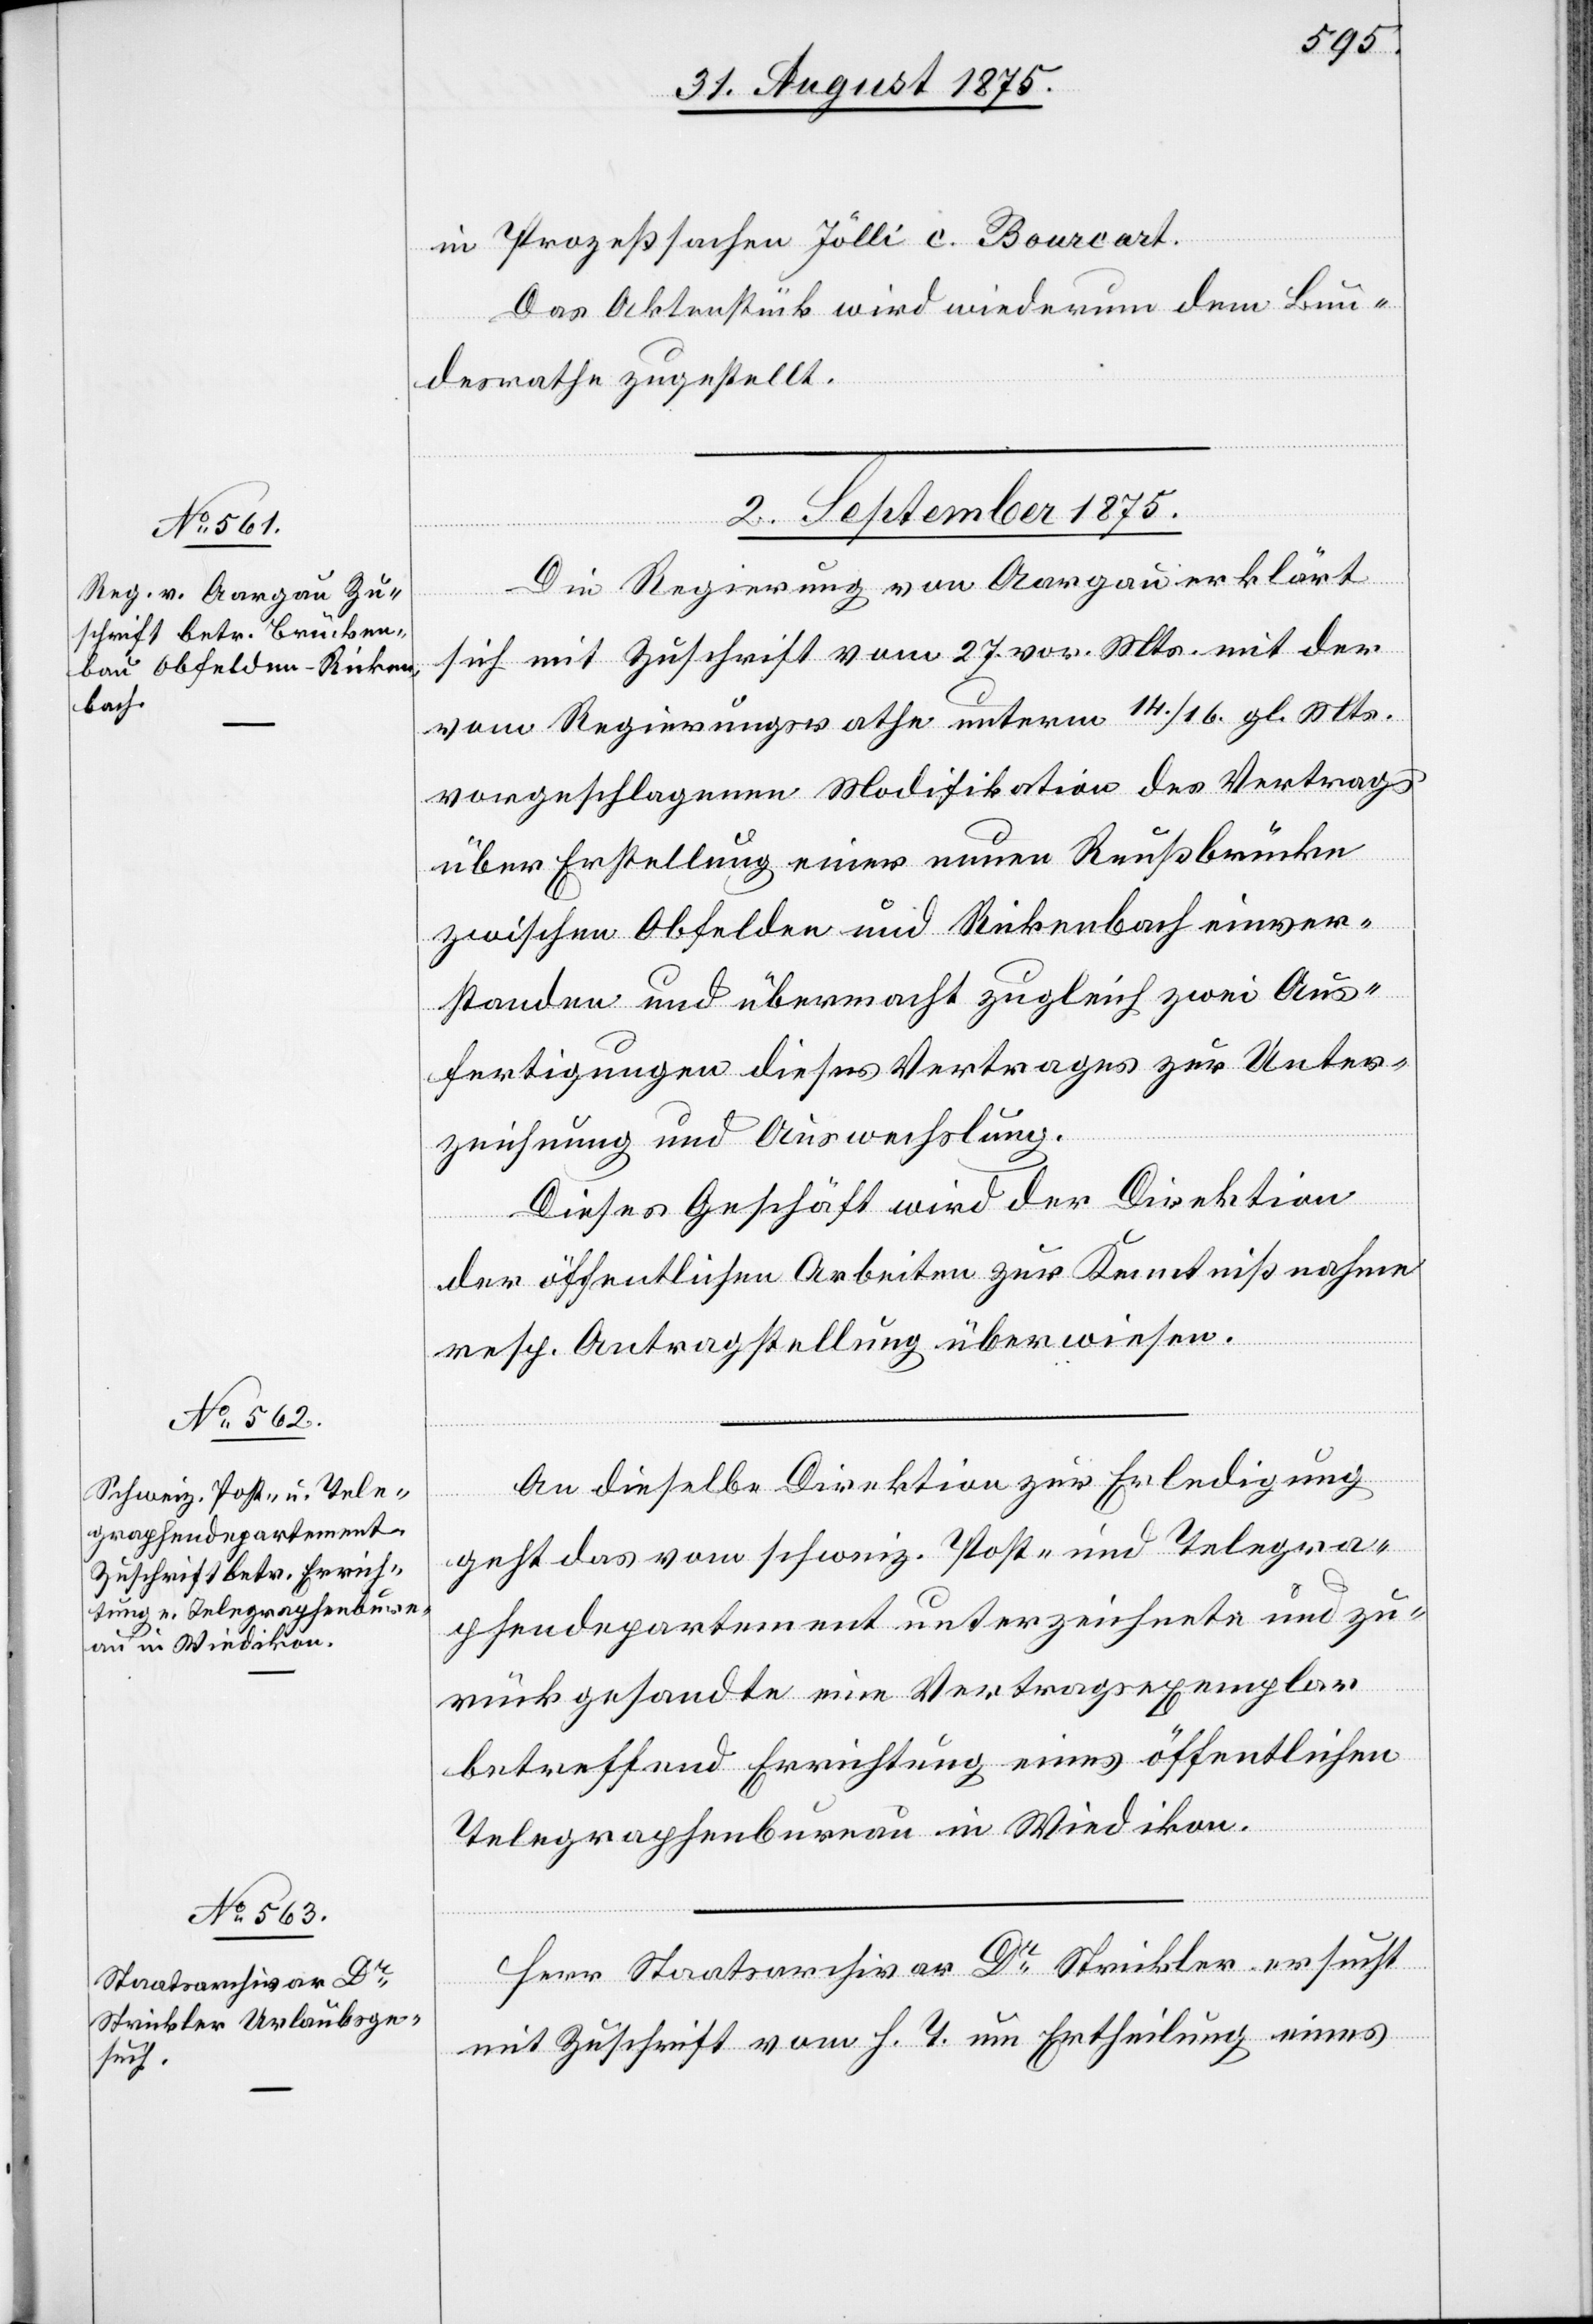
in Prozeßsachen Jölli c. Bourcart.
Das Aktenstück wird wiederum dem Bun¬
desrathe zugestellt.
2. September 1875.]
Die Regierung von Aargau erklärt
sich mit Zuschrift vom 27. vor. Mts,. mit der
vom Regierungsrathe unterm 14./16. gl. Mts.
vorgeschlagenen Modifikation des Vertrags
über Erstellung einer neuen Reußbrücke
zwischen Obfelden und Rickenbach einver¬
standen und übermacht zugleich zwei Aus¬
fertigungen dieses Vertrages zur Unter¬
zeichnung und Auswechslung.
Dieses Geschäft wird der Direktion
der öffentlichen Arbeiten zur Kenntnißnahme
resp. Antragstellung überwiesen.
An dieselbe Direktion zur Erledigung
geht das vom schweiz. Post- und Telegra¬
phendepartement unterzeichnete und zu¬
rückgesandte eine Vertragsexemplar
betreffend Errichtung eines öffentlichen
Telegraphenbureau in Wiedikon.
Herr Staatsarchivar Dr Strickler ersucht
mit Zuschrift vom h. T. um Ertheilung eines